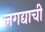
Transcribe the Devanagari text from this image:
लगद्याची